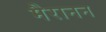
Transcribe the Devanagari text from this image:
मैरानन